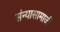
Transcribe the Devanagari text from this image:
संन्यासामाजीं